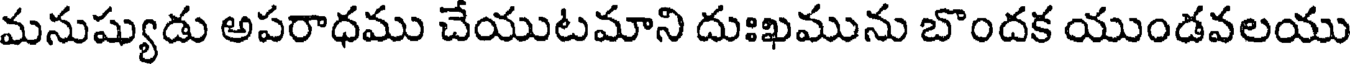
మనుష్యుడు అపరాధము చేయుటమాని దుఃఖమును బొందక యుండవలయు